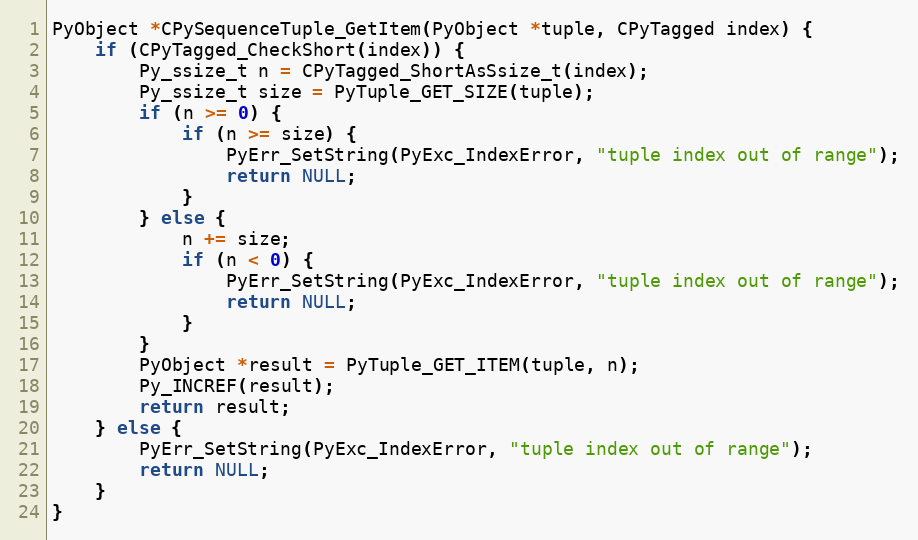
Language: C
PyObject *CPySequenceTuple_GetItem(PyObject *tuple, CPyTagged index) {
    if (CPyTagged_CheckShort(index)) {
        Py_ssize_t n = CPyTagged_ShortAsSsize_t(index);
        Py_ssize_t size = PyTuple_GET_SIZE(tuple);
        if (n >= 0) {
            if (n >= size) {
                PyErr_SetString(PyExc_IndexError, "tuple index out of range");
                return NULL;
            }
        } else {
            n += size;
            if (n < 0) {
                PyErr_SetString(PyExc_IndexError, "tuple index out of range");
                return NULL;
            }
        }
        PyObject *result = PyTuple_GET_ITEM(tuple, n);
        Py_INCREF(result);
        return result;
    } else {
        PyErr_SetString(PyExc_IndexError, "tuple index out of range");
        return NULL;
    }
}